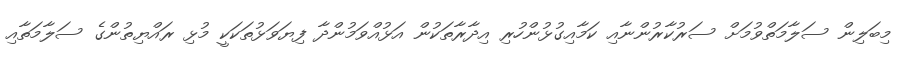
މިބަލިން ސަލާމަތްވުމަށް ސަރުކާރުންނާއި ކަމާއިގުޅުންހުރި އިދާރާތަކުން އަޅުއްވަމުންދާ ފިޔަވަޅުތަކަކީ މުޅި ރައްޔިތުންގެ ސަލާމަތާއި